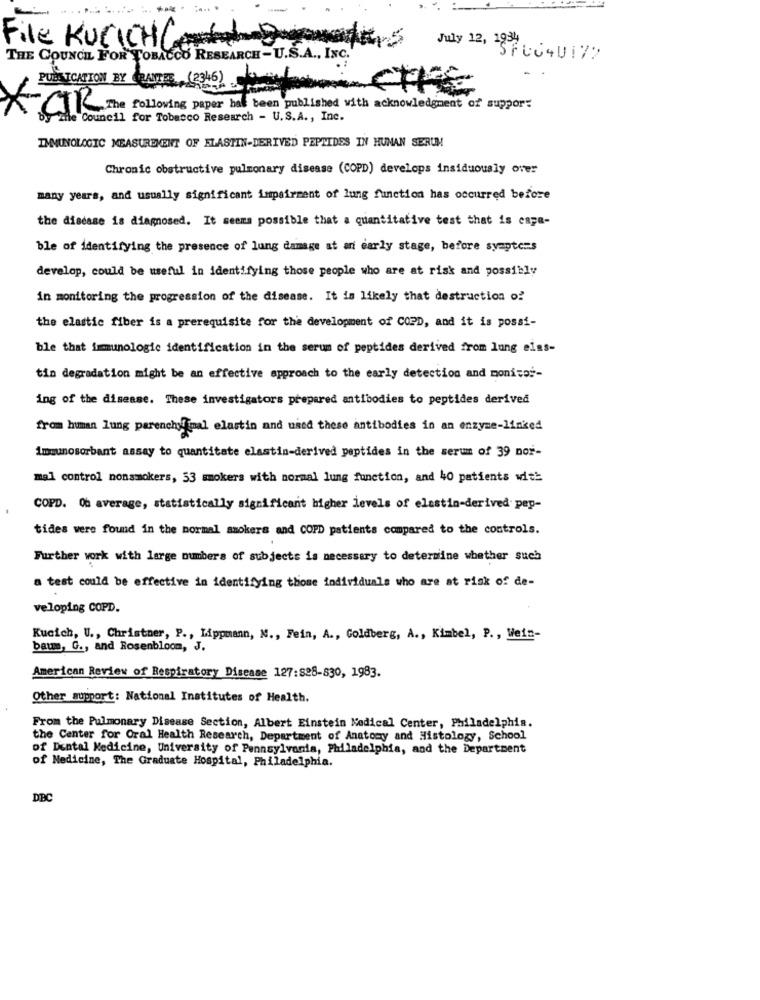
File KUCICHC
des
THE COUNCIL FOR TOBACCO RESEARCH-U.S.A ., INC.
July 12,137 CC40172
PUES ICATION BY RANTES (2346) and
CIKK The following paper has been published with acknowledgment of support
Zile Council for Tobacco Research - U.S.A ., Inc.
IMMUNOLOGIC MEASUREMENT OF ELASTIN-DERIVED PEPTIDES IN HUNAN SERUM
Chronic obstructive pulmonary disease (COPD) develops insiduously over
many years, and usually significant impairment of lung function has occurred before
the disease is diagnosed. It seems possible that a quantitative test that is capa-
ble of identifying the presence of lung damage at an early stage, before symptoms
develop, could be useful in identifying those people who are at risk and possibly
in monitoring the progression of the disease. It is likely that destruction of
the elastic fiber is a prerequisite for the development of COPD, and it is possi-
ble that immunologic identification in the serum of peptides derived from lung eins-
tin degradation might be an effective approach to the early detection and monitor-
ing of the disease. These investigators prepared antibodies to peptides derived
from human lung parenchy mal elastin and used these antibodies in an enzyme-linked
immunosorbant assay to quantitate elastin-derived peptides in the serum of 39 nor-
mal control nonsmokers, 53 smokers with normal lung function, and 40 patients with
COPD. Oh average, statistically significant higher levels of elastin-derived pep-
tides were found in the normal smokers and COPD patients compared to the controls.
Further work with large numbers of subjects is necessary to determine whether such
a test could be effective in identifying those individuals who are at risk of de-
veloping COPD.
Kucich, U ., Christner, P ., Lippmann, N ., Fein, A ., Goldberg, A ., Kimbel, P ., Wein-
baum, G ., and Rosenbloom, J.
American Review of Respiratory Disease 127:828-830, 1983.
Other support: National Institutes of Health.
From the Pulmonary Disease Section, Albert Einstein Medical Center, Philadelphia.
the Center for Oral Health Research, Department of Anatomy and Histology, School
of Dental Medicine, University of Pennsylvania, Philadelphia, and the Department
of Medicine, The Graduate Hospital, Philadelphia.
DBC